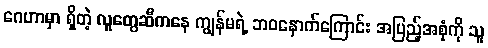
ဂေဟာမှာ ရှိတဲ့ လူတွေဆီကနေ ကျွန်မရဲ့ ဘဝနောက်ကြောင်း အပြည့်အစုံကို သူ